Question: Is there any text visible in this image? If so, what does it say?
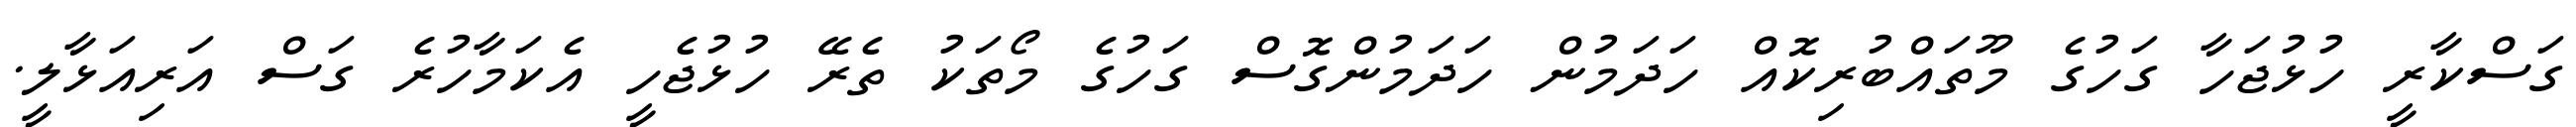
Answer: ގަސްކާރީ ހުޅުޖަހާ ގަހުގެ މޫތައްބުރިކޮއް ހަދަމުން ހަދަމުންގޮސް ގަހުގެ މޯތަކު ތެރޭ ހުޅުޖެހީ އެކަމާހުރެ ގަސް އަރިއަޅާލީ.